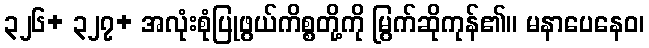
၃၂၆+ ၃၂၇+ အလုံးစုံပြုဖွယ်ကိစ္စတို့ကို မြွက်ဆိုကုန်၏။ မနာပေနေဝ၊